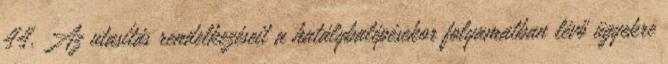
44. Az utasítás rendelkezéseit a hatálybalépésekor folyamatban lévő ügyekre